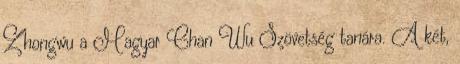
Zhongwu a Magyar Chan Wu Szövetség tanára. A két,